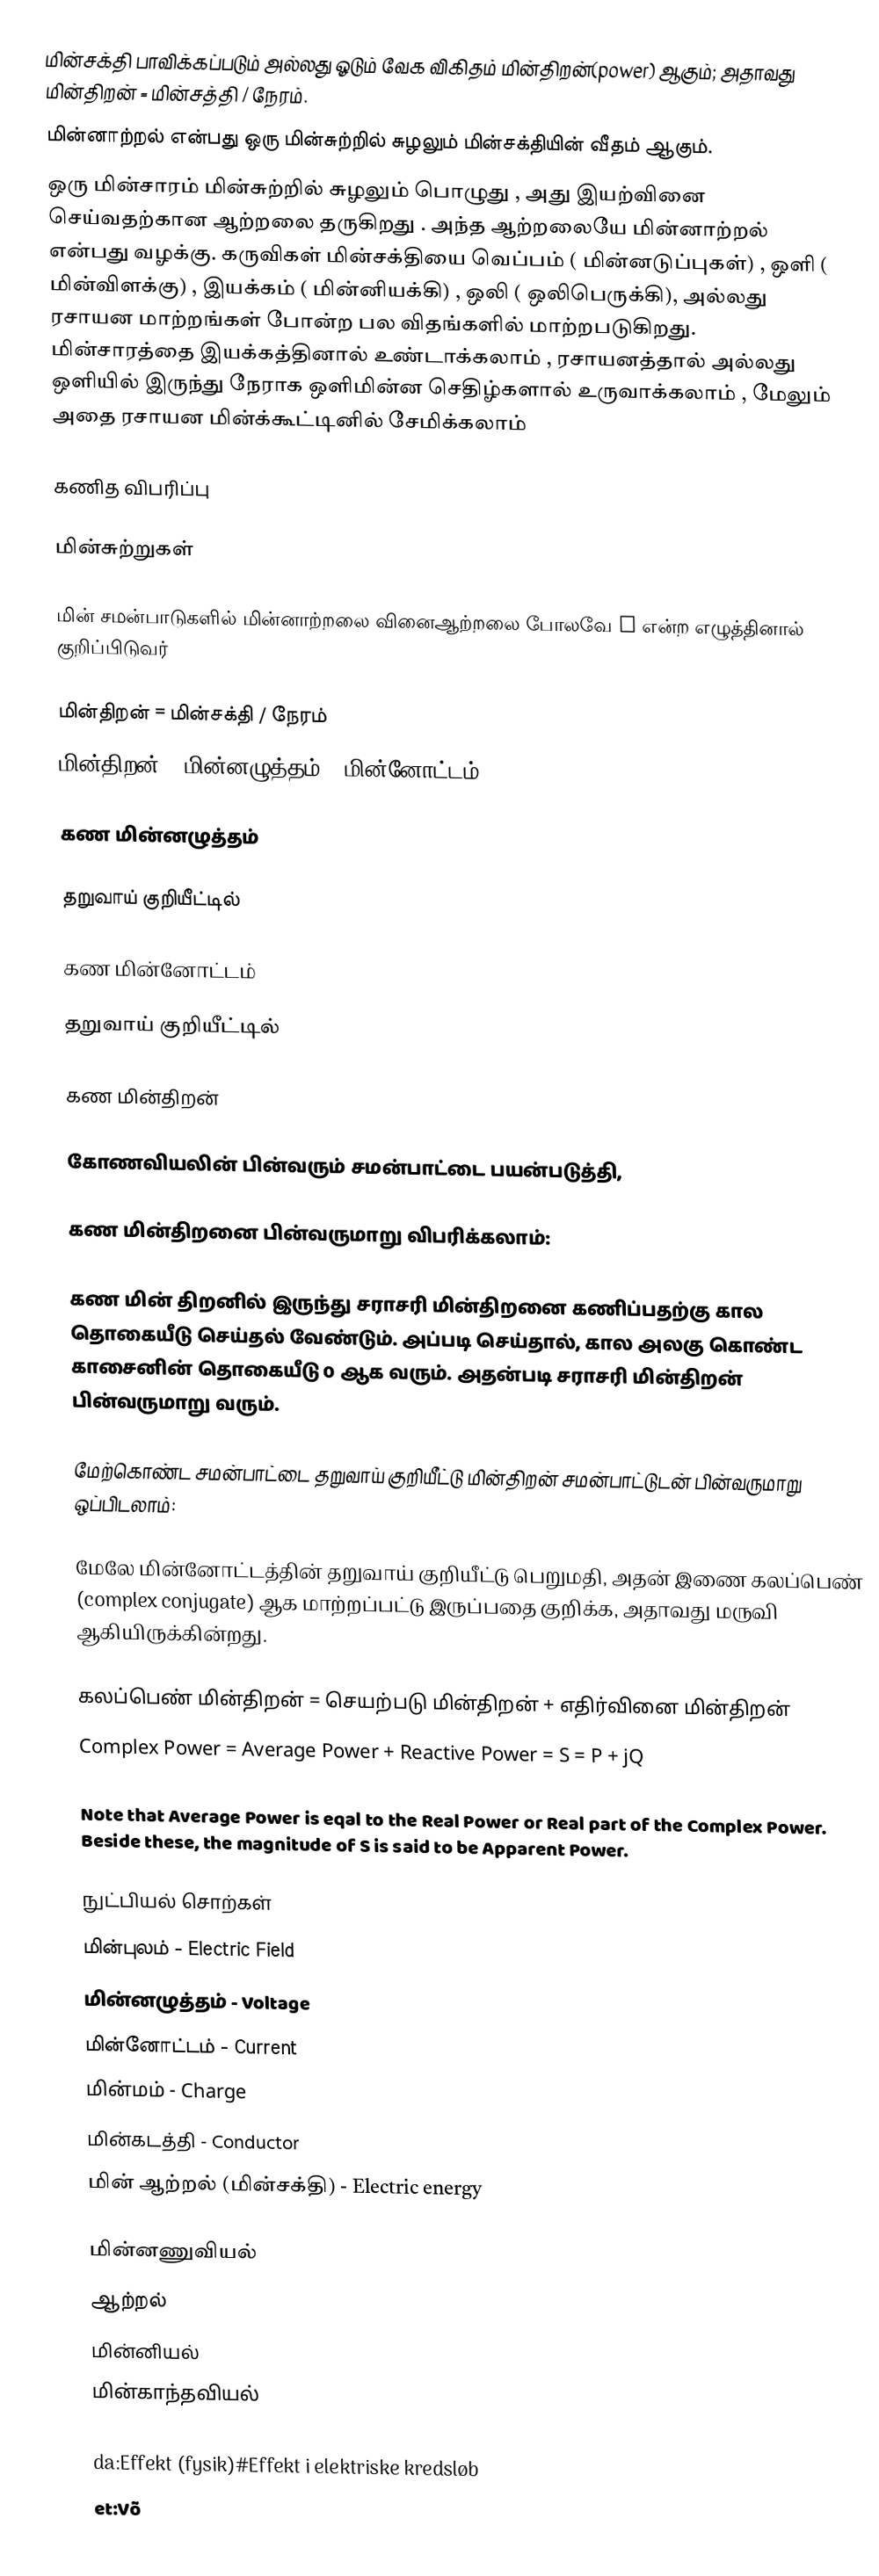
மின்சக்தி பாவிக்கப்படும் அல்லது ஓடும் வேக விகிதம் மின்திறன்(power) ஆகும்; அதாவது மின்திறன் = மின்சத்தி / நேரம்.
மின்னாற்றல் என்பது ஒரு மின்சுற்றில் சுழலும் மின்சக்தியின் வீதம் ஆகும்.
ஒரு மின்சாரம் மின்சுற்றில் சுழலும் பொழுது , அது இயற்வினை செய்வதற்கான ஆற்றலை தருகிறது . அந்த ஆற்றலையே மின்னாற்றல் என்பது வழக்கு. கருவிகள் மின்சக்தியை வெப்பம் ( மின்னடுப்புகள்) , ஒளி ( மின்விளக்கு) , இயக்கம் ( மின்னியக்கி) , ஒலி ( ஒலிபெருக்கி), அல்லது ரசாயன மாற்றங்கள் போன்ற பல விதங்களில் மாற்றபடுகிறது. மின்சாரத்தை இயக்கத்தினால் உண்டாக்கலாம் , ரசாயனத்தால் அல்லது ஒளியில் இருந்து நேராக ஒளிமின்ன செதிழ்களால் உருவாக்கலாம் , மேலும் அதை ரசாயன மின்க்கூட்டினில் சேமிக்கலாம்

கணித விபரிப்பு

மின்சுற்றுகள்

மின் சமன்பாடுகளில் மின்னாற்றலை வினைஆற்றலை போலவே P என்ற எழுத்தினால் குறிப்பிடுவர்

மின்திறன் = மின்சக்தி / நேரம்
மின்திறன் = மின்னழுத்தம் * மின்னோட்டம்

கண மின்னழுத்தம்

தறுவாய் குறியீட்டில்

கண மின்னோட்டம்

தறுவாய் குறியீட்டில்

கண மின்திறன்

கோணவியலின் பின்வரும் சமன்பாட்டை பயன்படுத்தி,

கண மின்திறனை பின்வருமாறு விபரிக்கலாம்:

கண மின் திறனில் இருந்து சராசரி மின்திறனை கணிப்பதற்கு கால தொகையீடு செய்தல் வேண்டும். அப்படி செய்தால், கால அலகு கொண்ட காசைனின் தொகையீடு 0 ஆக வரும். அதன்படி சராசரி மின்திறன் பின்வருமாறு வரும்.

மேற்கொண்ட சமன்பாட்டை தறுவாய் குறியீட்டு மின்திறன் சமன்பாட்டுடன் பின்வருமாறு ஒப்பிடலாம்:

மேலே மின்னோட்டத்தின் தறுவாய் குறியீட்டு பெறுமதி, அதன் இணை கலப்பெண் (complex conjugate) ஆக மாற்றப்பட்டு இருப்பதை குறிக்க, அதாவது  மருவி ஆகியிருக்கின்றது.

கலப்பெண் மின்திறன் = செயற்படு மின்திறன் + எதிர்வினை மின்திறன்
Complex Power = Average Power + Reactive Power = S = P + jQ

Note that Average Power is eqal to the Real Power or Real part of the Complex Power. Beside these, the magnitude of S is said to be Apparent Power.

நுட்பியல் சொற்கள்
 மின்புலம் - Electric Field
 மின்னழுத்தம் - Voltage
 மின்னோட்டம் - Current
 மின்மம் - Charge
 மின்கடத்தி - Conductor
 மின் ஆற்றல் (மின்சக்தி) - Electric energy

மின்னணுவியல்
ஆற்றல்
மின்னியல்
மின்காந்தவியல்

da:Effekt (fysik)#Effekt i elektriske kredsløb
et:Võ